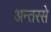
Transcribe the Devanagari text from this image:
अन्तरसे